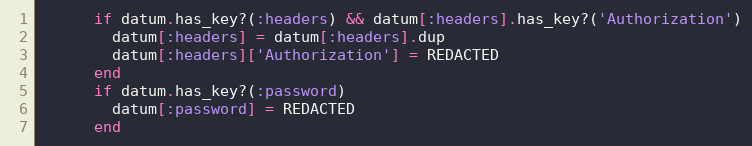
Language: Ruby
      if datum.has_key?(:headers) && datum[:headers].has_key?('Authorization')
        datum[:headers] = datum[:headers].dup
        datum[:headers]['Authorization'] = REDACTED
      end
      if datum.has_key?(:password)
        datum[:password] = REDACTED
      end